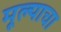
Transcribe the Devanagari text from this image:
मूल्याचा